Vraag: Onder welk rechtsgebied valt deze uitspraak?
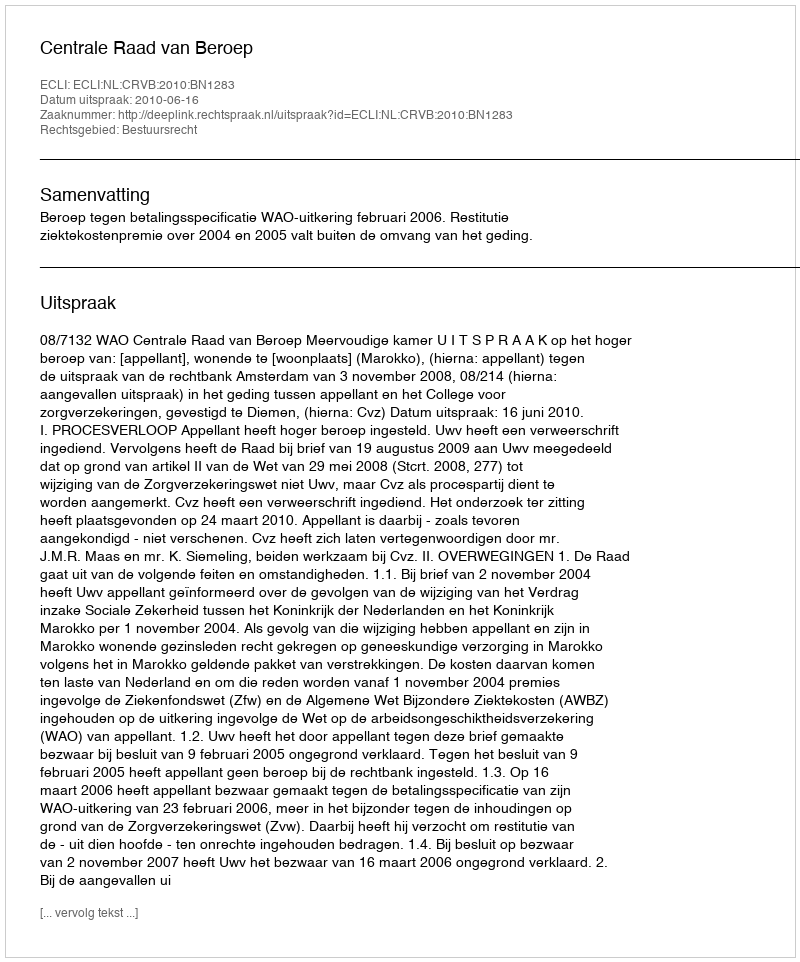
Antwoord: Bestuursrecht